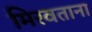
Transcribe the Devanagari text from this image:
मिरवताना